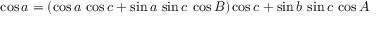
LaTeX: \cos a = ( \cos a \, \cos c + \sin a \, \sin c \, \cos B ) \cos c + \sin b \, \sin c \, \cos A